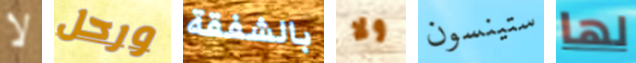
لا ورحل بالشفقة ولا ستينسون لها